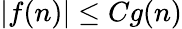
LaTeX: |f(n)|\le Cg(n)